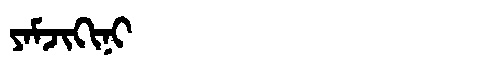
Manchu: ᠶᠠᠮᠵᡳᡴᡳᠨᡳ
Romanization: YAMJIKINI